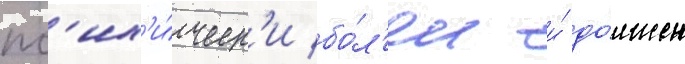
пс'их'и́ческ'и бо́л'ен и́ до́лжен